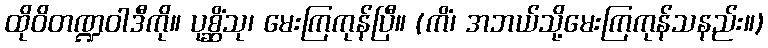
ထိုဝိတဏ္ဍဝါဒီကို။ ပုစ္ဆိံသု၊ မေးကြကုန်ပြီ။ (ကိံ၊ အဘယ်သို့မေးကြကုန်သနည်း။)